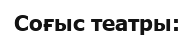
Соғыс театры: